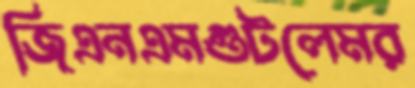
জিএনএমগুটলেমর